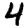
Digit: 4